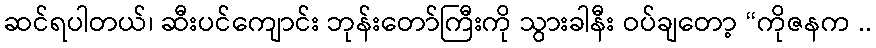
ဆင်ရပါတယ်၊ ဆီးပင်ကျောင်း ဘုန်းတော်ကြီးကို သွားခါနီး ဝပ်ချတော့ “ကိုဇနက ..